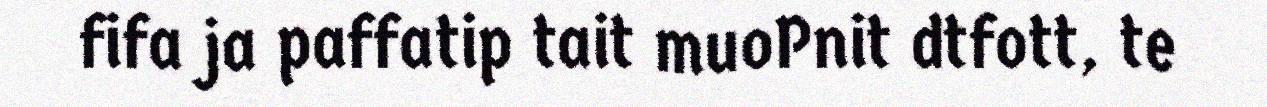
fifa ja paffatip tait muoPnit dtfott, te